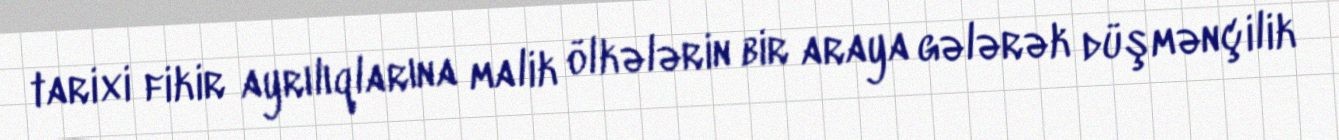
tarixi fikir ayrılıqlarına malik ölkələrin bir araya gələrək düşmənçilik